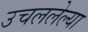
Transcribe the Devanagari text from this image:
उचललेल्या